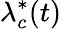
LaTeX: \lambda_{c}^{*}(t)